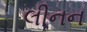
લીનન